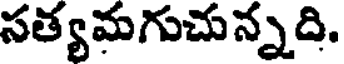
సత్యమగుచున్నది.